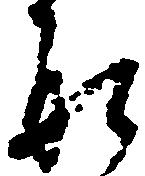
形